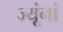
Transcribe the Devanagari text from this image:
ज्यूंनां